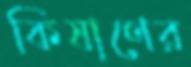
কিষাণের